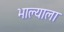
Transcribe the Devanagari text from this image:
भाल्याला